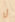
لا